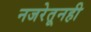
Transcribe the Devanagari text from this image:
नजरेतूनही